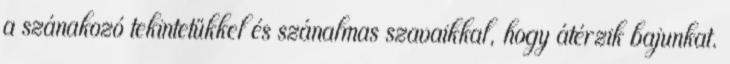
a szánakozó tekintetükkel és szánalmas szavaikkal, hogy átérzik bajunkat.